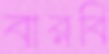
বারবি